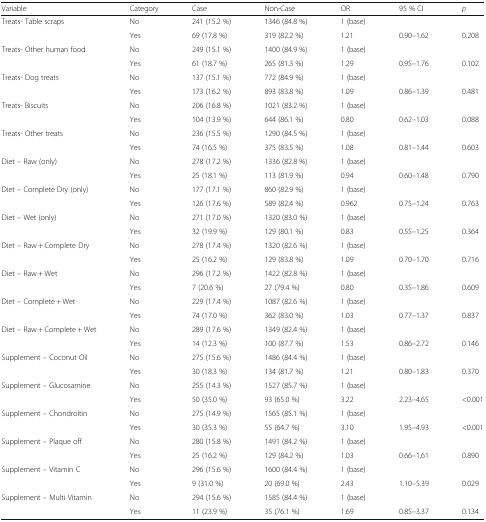
<table><thead><tr><td><b>Variable</b></td><td><b>Category</b></td><td><b>Case</b></td><td><b>Non-Case</b></td><td><b>OR</b></td><td><b>95 % CI</b></td><td><b><i>p</i></b></td></tr></thead><tbody><tr><td rowspan="2">Treats- Table scraps</td><td>No</td><td>241 (15.2 %)</td><td>1346 (84.8 %)</td><td>1 (base)</td><td></td><td></td></tr><tr><td>Yes</td><td>69 (17.8 %)</td><td>319 (82.2 %)</td><td>1.21</td><td>0.90–1.62</td><td>0.208</td></tr><tr><td rowspan="2">Treats- Other human food</td><td>No</td><td>249 (15.1 %)</td><td>1400 (84.9 %)</td><td>1 (base)</td><td></td><td></td></tr><tr><td>Yes</td><td>61 (18.7 %)</td><td>265 (81.3 %)</td><td>1.29</td><td>0.95–1.76</td><td>0.102</td></tr><tr><td rowspan="2">Treats- Dog treats</td><td>No</td><td>137 (15.1 %)</td><td>772 (84.9 %)</td><td>1 (base)</td><td></td><td></td></tr><tr><td>Yes</td><td>173 (16.2 %)</td><td>893 (83.8 %)</td><td>1.09</td><td>0.86–1.39</td><td>0.481</td></tr><tr><td rowspan="2">Treats- Biscuits</td><td>No</td><td>206 (16.8 %)</td><td>1021 (83.2 %)</td><td>1 (base)</td><td></td><td></td></tr><tr><td>Yes</td><td>104 (13.9 %)</td><td>644 (86.1 %)</td><td>0.80</td><td>0.62–1.03</td><td>0.088</td></tr><tr><td rowspan="2">Treats- Other treats</td><td>No</td><td>236 (15.5 %)</td><td>1290 (84.5 %)</td><td>1 (base)</td><td></td><td></td></tr><tr><td>Yes</td><td>74 (16.5 %)</td><td>375 (83.5 %)</td><td>1.08</td><td>0.81–1.44</td><td>0.603</td></tr><tr><td rowspan="2">Diet – Raw (only)</td><td>No</td><td>278 (17.2 %)</td><td>1336 (82.8 %)</td><td>1 (base)</td><td></td><td></td></tr><tr><td>Yes</td><td>25 (18.1 %)</td><td>113 (81.9 %)</td><td>0.94</td><td>0.60–1.48</td><td>0.790</td></tr><tr><td rowspan="2">Diet – Complete Dry (only)</td><td>No</td><td>177 (17.1 %)</td><td>860 (82.9 %)</td><td>1 (base)</td><td></td><td></td></tr><tr><td>Yes</td><td>126 (17.6 %)</td><td>589 (82.4 %)</td><td>0.962</td><td>0.75–1.24</td><td>0.763</td></tr><tr><td rowspan="2">Diet – Wet (only)</td><td>No</td><td>271 (17.0 %)</td><td>1320 (83.0 %)</td><td>1 (base)</td><td></td><td></td></tr><tr><td>Yes</td><td>32 (19.9 %)</td><td>129 (80.1 %)</td><td>0.83</td><td>0.55–1.25</td><td>0.364</td></tr><tr><td rowspan="2">Diet – Raw + Complete Dry</td><td>No</td><td>278 (17.4 %)</td><td>1320 (82.6 %)</td><td>1 (base)</td><td></td><td></td></tr><tr><td>Yes</td><td>25 (16.2 %)</td><td>129 (83.8 %)</td><td>1.09</td><td>0.70–1.70</td><td>0.716</td></tr><tr><td rowspan="2">Diet – Raw + Wet</td><td>No</td><td>296 (17.2 %)</td><td>1422 (82.8 %)</td><td>1 (base)</td><td></td><td></td></tr><tr><td>Yes</td><td>7 (20.6 %)</td><td>27 (79.4 %)</td><td>0.80</td><td>0.35–1.86</td><td>0.609</td></tr><tr><td rowspan="2">Diet – Complete + Wet</td><td>No</td><td>229 (17.4 %)</td><td>1087 (82.6 %)</td><td>1 (base)</td><td></td><td></td></tr><tr><td>Yes</td><td>74 (17.0 %)</td><td>362 (83.0 %)</td><td>1.03</td><td>0.77–1.37</td><td>0.837</td></tr><tr><td rowspan="2">Diet – Raw + Complete + Wet</td><td>No</td><td>289 (17.6 %)</td><td>1349 (82.4 %)</td><td>1 (base)</td><td></td><td></td></tr><tr><td>Yes</td><td>14 (12.3 %)</td><td>100 (87.7 %)</td><td>1.53</td><td>0.86–2.72</td><td>0.146</td></tr><tr><td rowspan="2">Supplement – Coconut Oil</td><td>No</td><td>275 (15.6 %)</td><td>1486 (84.4 %)</td><td>1 (base)</td><td></td><td></td></tr><tr><td>Yes</td><td>30 (18.3 %)</td><td>134 (81.7 %)</td><td>1.21</td><td>0.80–1.83</td><td>0.370</td></tr><tr><td rowspan="2">Supplement – Glucosamine</td><td>No</td><td>255 (14.3 %)</td><td>1527 (85.7 %)</td><td>1 (base)</td><td></td><td></td></tr><tr><td>Yes</td><td>50 (35.0 %)</td><td>93 (65.0 %)</td><td>3.22</td><td>2.23–4.65</td><td>&lt;0.001</td></tr><tr><td rowspan="2">Supplement – Chondroitin</td><td>No</td><td>275 (14.9 %)</td><td>1565 (85.1 %)</td><td>1 (base)</td><td></td><td></td></tr><tr><td>Yes</td><td>30 (35.3 %)</td><td>55 (64.7 %)</td><td>3.10</td><td>1.95–4.93</td><td>&lt;0.001</td></tr><tr><td rowspan="2">Supplement – Plaque off</td><td>No</td><td>280 (15.8 %)</td><td>1491 (84.2 %)</td><td>1 (base)</td><td></td><td></td></tr><tr><td>Yes</td><td>25 (16.2 %)</td><td>129 (84.2 %)</td><td>1.03</td><td>0.66–1.61</td><td>0.890</td></tr><tr><td rowspan="2">Supplement – Vitamin C</td><td>No</td><td>296 (15.6 %)</td><td>1600 (84.4 %)</td><td>1 (base)</td><td></td><td></td></tr><tr><td>Yes</td><td>9 (31.0 %)</td><td>20 (69.0 %)</td><td>2.43</td><td>1.10–5.39</td><td>0.029</td></tr><tr><td rowspan="2">Supplement – Multi Vitamin</td><td>No</td><td>294 (15.6 %)</td><td>1585 (84.4 %)</td><td>1 (base)</td><td></td><td></td></tr><tr><td>Yes</td><td>11 (23.9 %)</td><td>35 (76.1 %)</td><td>1.69</td><td>0.85–3.37</td><td>0.134</td></tr></tbody></table>